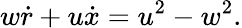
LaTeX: w\dot{r}+u\dot{x}=u^{2}-w^{2}.